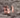
اذا